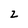
Character: 2